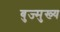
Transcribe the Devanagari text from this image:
बुज्मुख्य